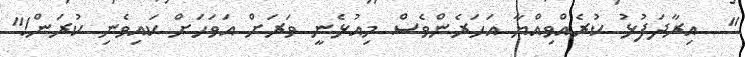
"  އިރާދަފުޅު ކުރެއްވިއްޔާ އަހަރެންވެސް މިއުޅެނީ ވަރަށް އަވަހަށް ކައިވެނި ކުރަން!"